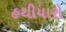
હથીયારો